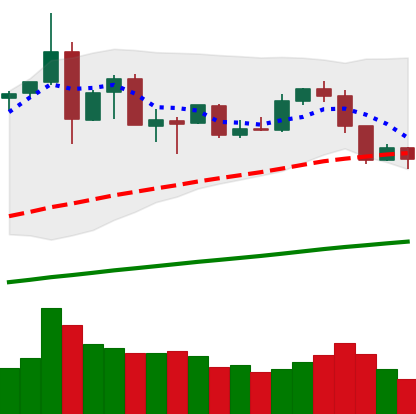
Ticker: ETH-USD
Chart end date: 2019-07-13
Forward return: -15.918%
Label: down_7plus